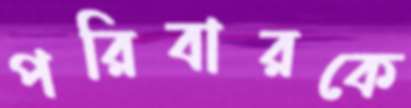
পরিবারকে